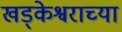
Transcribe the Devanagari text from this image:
खड्केश्वराच्या